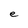
Character: e